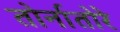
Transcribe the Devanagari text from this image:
तोर्नातोरे